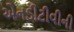
એનડીટીવીની